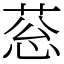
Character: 䓗